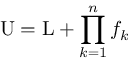
\mathrm { U } = \mathrm { L } + \prod _ { k = 1 } ^ { n } f _ { k }